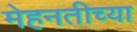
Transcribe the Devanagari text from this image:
मेहनतीच्या